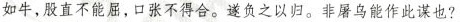
如牛，股直不能屈，口张不得合。遂负之以归。非屠乌能作此谋也？